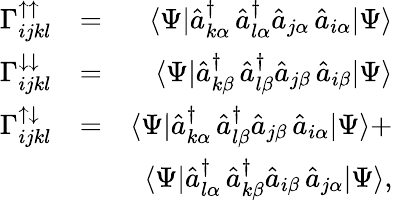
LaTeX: \begin{array}{rlr}{\Gamma_{ijkl}^{\uparrow\uparrow}}&{=}&{\langle\Psi|\hat{a}_{k\alpha}^{\dagger}\, \hat{a}_{l\alpha}^{\dagger}\hat{a}_{j\alpha}\, \hat{a}_{i\alpha}|\Psi\rangle}\\ {\Gamma_{ijkl}^{\downarrow\downarrow}}&{=}&{\langle\Psi|\hat{a}_{k\beta}^{\dagger}\, \hat{a}_{l\beta}^{\dagger}\hat{a}_{j\beta}\, \hat{a}_{i\beta}|\Psi\rangle}\\ {\Gamma_{ijkl}^{\uparrow\downarrow}}&{=}&{\langle\Psi|\hat{a}_{k\alpha}^{\dagger}\, \hat{a}_{l\beta}^{\dagger}\hat{a}_{j\beta}\, \hat{a}_{i\alpha}|\Psi\rangle+}\\ &{}&{\langle\Psi|\hat{a}_{l\alpha}^{\dagger}\, \hat{a}_{k\beta}^{\dagger}\hat{a}_{i\beta}\, \hat{a}_{j\alpha}|\Psi\rangle,}\end{array}